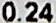
0.24